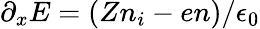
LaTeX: \partial_{x}E=(Zn_{i}-en)/\epsilon_{0}